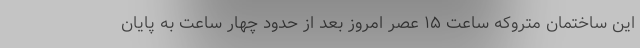
این ساختمان متروکه ساعت ۱۵ عصر امروز بعد از حدود چهار ساعت به پایان